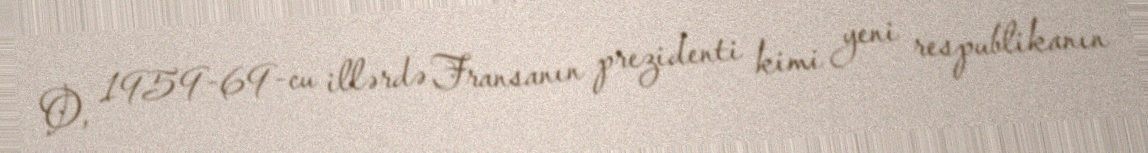
O, 1959-69-cu illərdə Fransanın prezidenti kimi yeni respublikanın